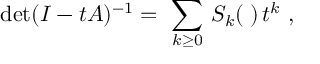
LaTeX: \mathrm { d e t } ( I - t A ) ^ { - 1 } = \ \sum _ { k \geq 0 } \, S _ { k } ( { \bf \alpha } ) \, t ^ { k } \ ,